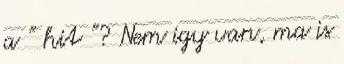
a ” hit ”? Nem igy van, ma is